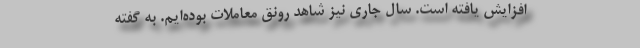
افزایش یافته است. سال جاری نیز شاهد رونق معاملات بوده‌ایم. به گفته